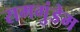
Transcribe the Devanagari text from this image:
रामगुंडेम